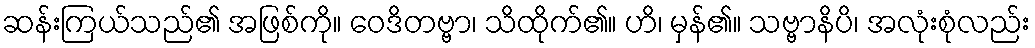
ဆန်းကြယ်သည်၏ အဖြစ်ကို။ ဝေဒိတဗ္ဗာ၊ သိထိုက်၏။ ဟိ၊ မှန်၏။ သဗ္ဗာနိပိ၊ အလုံးစုံလည်း